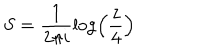
S = \frac { 1 } { 2 \pi i } \log \left( \frac { z } { 4 } \right)